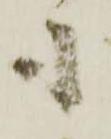
も